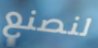
لنصنع